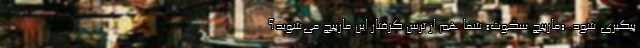
پیگیری شود. «مارپیچ سکوت» شما هم از ترس گرفتار این مارپیچ می‌شوید؟